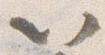
以